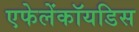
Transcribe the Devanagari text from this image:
एफेलेंकॉयडिस